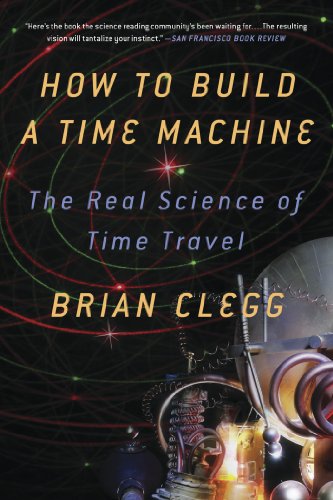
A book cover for How to Build a Time Machine: The Real Science of Time Travel; Brian Clegg; Science & Math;